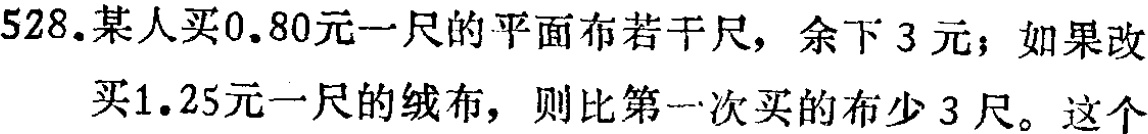
528.某人买0.80元一尺的平面布若干尺，余下3元；如果改买1.25元一尺的绒布，则比第一次买的布少3尺。这个